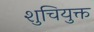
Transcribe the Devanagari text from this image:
शुचियुक्त